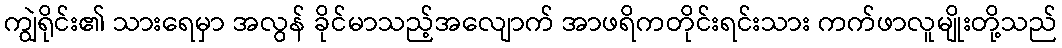
ကျွဲရိုင်း၏ သားရေမှာ အလွန် ခိုင်မာသည့်အလျောက် အာဖရိကတိုင်းရင်းသား ကက်ဖာလူမျိုးတို့သည်